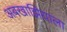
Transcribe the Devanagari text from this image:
अबखाझियाला